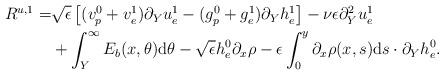
LaTeX: \begin{align*}\begin{aligned}R^{u,1}=&\sqrt{\epsilon}\left[(v^0_p+v^1_e)\partial_Y u^1_e-(g^0_p+g^1_e)\partial_Y h^1_e\right]-\nu \epsilon \partial_Y^2u^1_e\\&+\int_Y^\infty E _b(x,\theta)\mathrm{d}\theta-\sqrt{\epsilon}h^0_e\partial_x\rho-\epsilon\int_0^y\partial_x \rho(x,s)\mathrm{d}s\cdot\partial_Yh^0_e.\end{aligned}\end{align*}